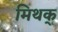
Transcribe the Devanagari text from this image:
मिथक्